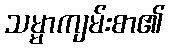
သမ္မာကျမ်းစာ၏